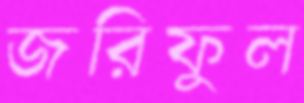
জরিফুল